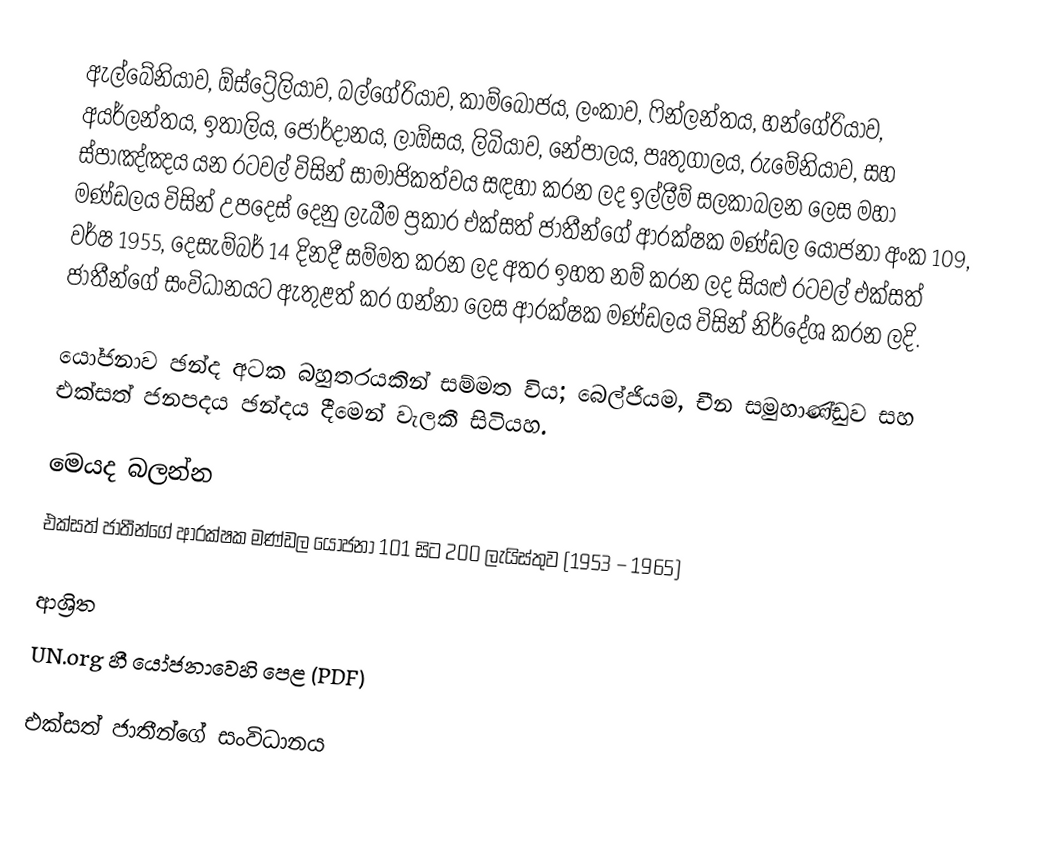
ඇල්බේනියාව, ඕස්ට්‍රේලියාව, බල්ගේරියාව, කාම්බෝජය, ලංකාව, ෆින්ලන්තය, හන්ගේරියාව, අයර්ලන්තය, ඉතාලිය, ජෝර්දානය, ලාඕසය, ලිබියාව, නේපාලය, පෘතුගාලය, රුමේනියාව, සහ ස්පාඤ්ඤය යන රටවල් විසින් සාමාජිකත්වය සඳහා කරන ලද ඉල්ලීම්  සලකාබලන ලෙස මහා මණ්ඩලය විසින් උපදෙස් දෙනු ලැබීම ප්‍රකාර  එක්සත් ජාතීන්ගේ ආරක්ෂක මණ්ඩල යෝජනා අංක 109, වර්ෂ 1955, දෙසැම්බර් 14 දිනදී සම්මත කරන ලද අතර ඉහත නම් කරන ලද සියළු රටවල් එක්සත් ජාතීන්ගේ සංවිධානයට ඇතුළත් කර ගන්නා ලෙස ආරක්ෂක මණ්ඩලය විසින් නිර්දේශ කරන ලදි.

යෝජනාව ඡන්ද අටක බහුතරයකින් සම්මත විය; බෙල්ජියම, චීන සමුහාණ්ඩුව සහ එක්සත් ජනපදය ඡන්දය දීමෙන් වැලකී සිටියහ.

මෙයද බලන්න
එක්සත් ජාතීන්ගේ ආරක්ෂක මණ්ඩල යෝජනා 101 සිට 200 ලැයිස්තුව (1953 – 1965)

ආශ්‍රිත
UN.org හී යෝජනාවෙහි පෙළ (PDF)

එක්සත් ජාතීන්ගේ සංවිධානය